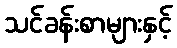
သင်ခန်းစာများနှင့်